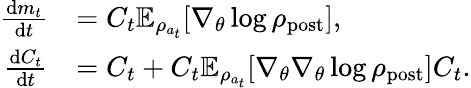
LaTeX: \begin{array}{rl}{\frac{\mathrm{d}m_{t}}{\mathrm{d}t}}&{=C_{t}\mathbb{E}_{\rho_{a_{t}}}[\nabla_{\theta}\log\rho_{\mathrm{post}}],}\\ {\frac{\mathrm{d}C_{t}}{\mathrm{d}t}}&{=C_{t}+C_{t}\mathbb{E}_{\rho_{a_{t}}}[\nabla_{\theta}\nabla_{\theta}\log\rho_{\mathrm{post}}]C_{t}.}\end{array}